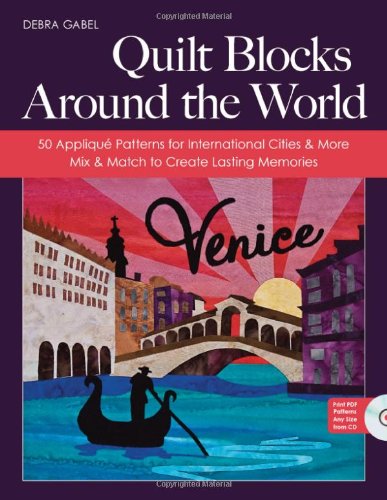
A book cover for Quilt Blocks Around the World: 50 AppliquÃ© Patterns for International Cities & More - Mix & Match to Create Lasting Memories; Debra Gabel; Crafts, Hobbies & Home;